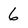
Character: 6